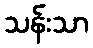
သန်းသာ